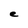
Character: e